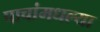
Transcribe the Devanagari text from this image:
पाचांमधल्या